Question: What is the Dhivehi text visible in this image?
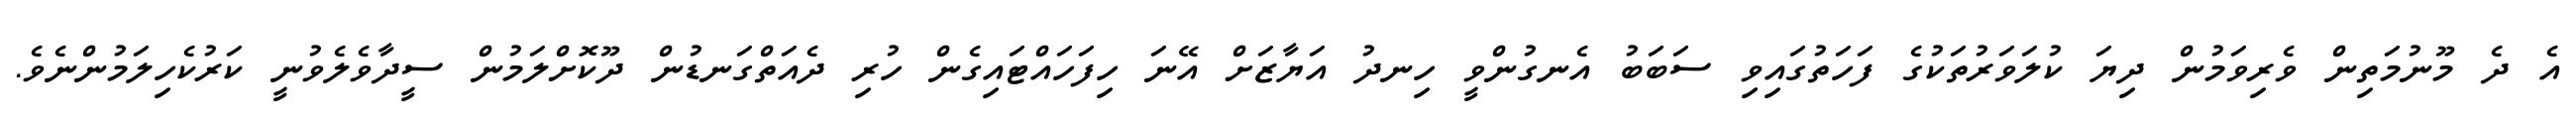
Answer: އެ ދެ މޫނުމަތިން ވެރިވަމުން ދިޔަ ކުލަވަރުތަކުގެ ފަހަތުގައިވި ސަބަބު އެނގުންވީ ހިނދު އަޔާޒަށް އޭނަ ހިފަހައްޓައިގެން ހުރި ދެއަތްގަނޑުން ދޫކޮށްލަމުން ސީދާވެލެވުނީ ކަރުކެހިލަމުންނެވެ.